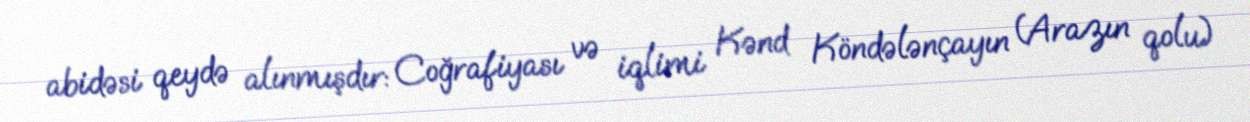
abidəsi qeydə alınmışdır: Coğrafiyası və iqlimi Kənd Köndələnçayın (Arazın qolu)